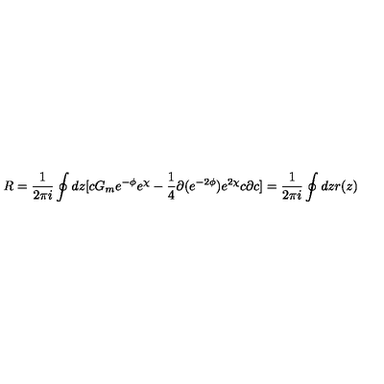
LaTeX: R = \frac { 1 } { 2 \pi i } \oint d z [ c G _ { m } e ^ { - \phi } e ^ { \chi } - \frac { 1 } { 4 } \partial ( e ^ { - 2 \phi } ) e ^ { 2 \chi } c \partial c ] = \frac { 1 } { 2 \pi i } \oint d z r ( z ) \